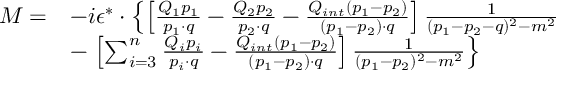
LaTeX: \begin{array} { r l } { { M = } } & { { - i \epsilon ^ { * } \cdot \left\{ \left[ { \frac { Q _ { 1 } p _ { 1 } } { p _ { 1 } \cdot q } } - { \frac { Q _ { 2 } p _ { 2 } } { p _ { 2 } \cdot q } } - { \frac { Q _ { i n t } ( p _ { 1 } - p _ { 2 } ) } { ( p _ { 1 } - p _ { 2 } ) \cdot q } } \right] { \frac { 1 } { ( p _ { 1 } - p _ { 2 } - q ) ^ { 2 } - m ^ { 2 } } } \right. } } \\ { { } } & { { - \left. \left[ \sum _ { i = 3 } ^ { n } { \frac { Q _ { i } p _ { i } } { p _ { i } \cdot q } } - { \frac { Q _ { i n t } ( p _ { 1 } - p _ { 2 } ) } { ( p _ { 1 } - p _ { 2 } ) \cdot q } } \right] { \frac { 1 } { ( p _ { 1 } - p _ { 2 } ) ^ { 2 } - m ^ { 2 } } } \right\} } } \end{array}